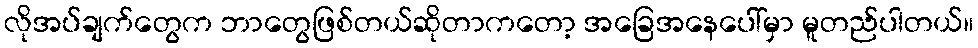
လိုအပ်ချက်တွေက ဘာတွေဖြစ်တယ်ဆိုတာကတော့ အခြေအနေပေါ်မှာ မူတည်ပါတယ်။